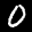
Label: 0